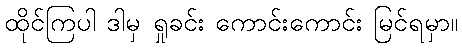
ထိုင်ကြပါ ဒါမှ ရှုခင်း ကောင်းကောင်း မြင်ရမှာ။